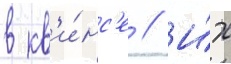
в кв'и́нс'е // И́х